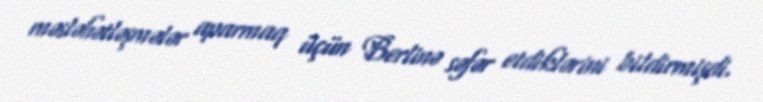
məsləhətləşmələr aparmaq üçün Berlinə səfər etdiklərini bildirmişdi.